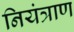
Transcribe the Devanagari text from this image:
नियंत्राण